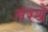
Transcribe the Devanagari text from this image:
तस्थे